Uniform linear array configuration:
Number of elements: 12
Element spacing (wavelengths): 0.25
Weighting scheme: kaiser
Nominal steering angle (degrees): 0
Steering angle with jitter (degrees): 0.7957
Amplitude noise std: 0.05
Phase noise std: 0.05

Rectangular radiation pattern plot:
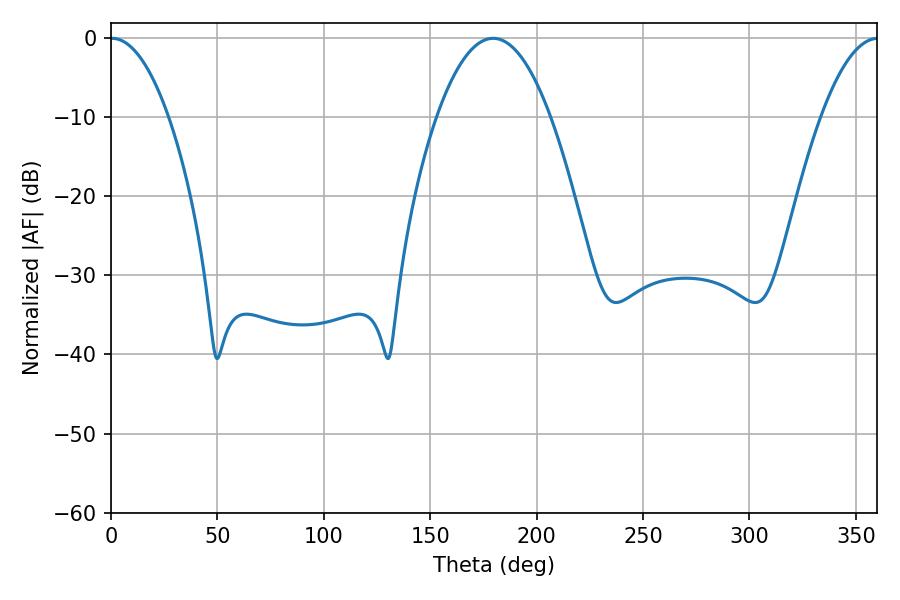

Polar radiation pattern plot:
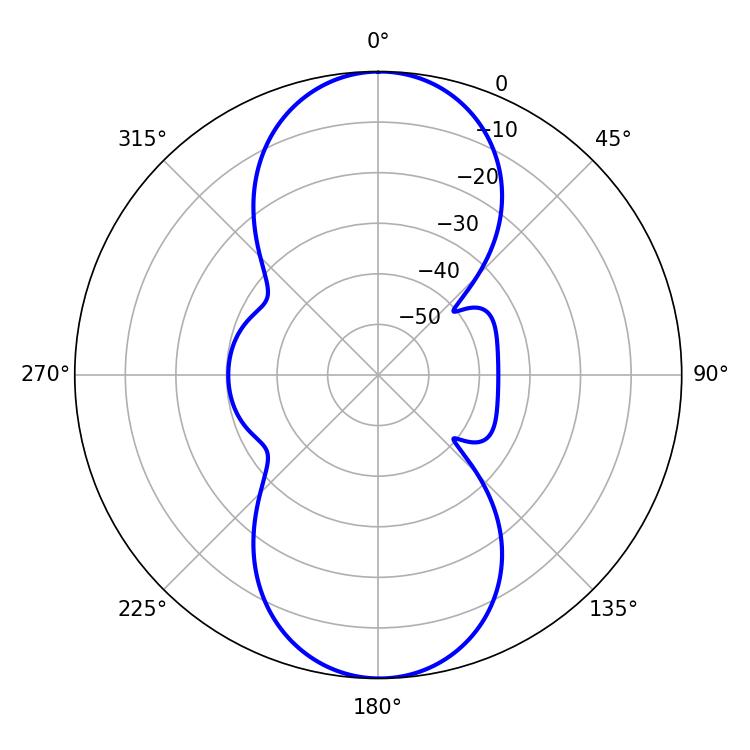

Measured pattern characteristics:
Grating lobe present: FALSE
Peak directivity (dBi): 26.173
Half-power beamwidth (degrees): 15.12
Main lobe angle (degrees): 0.36